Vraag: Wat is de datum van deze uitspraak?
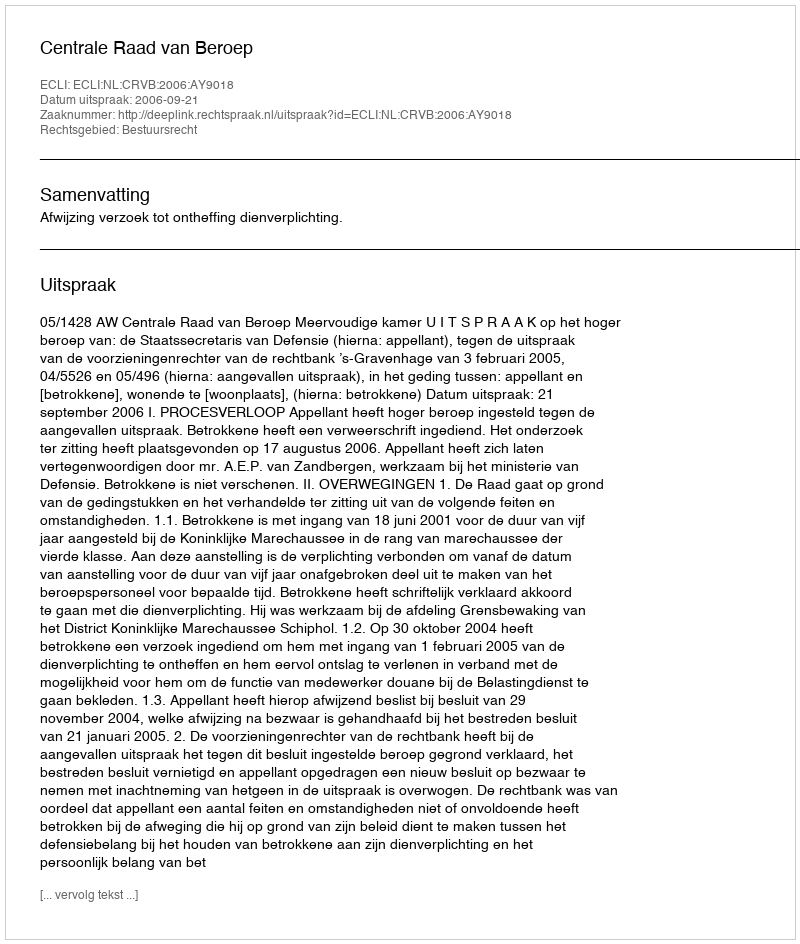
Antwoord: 2006-09-21